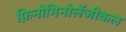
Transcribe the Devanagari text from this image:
फ़िनोमिनोलॅजीकल